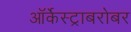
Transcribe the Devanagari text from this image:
ऑर्केस्ट्राबरोबर